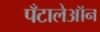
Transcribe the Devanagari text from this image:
पँटालेऑन